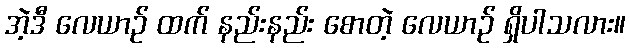
အဲ့ဒီ လေယာဉ် ထက် နည်းနည်း စောတဲ့ လေယာဉ် ရှိပါသလား။